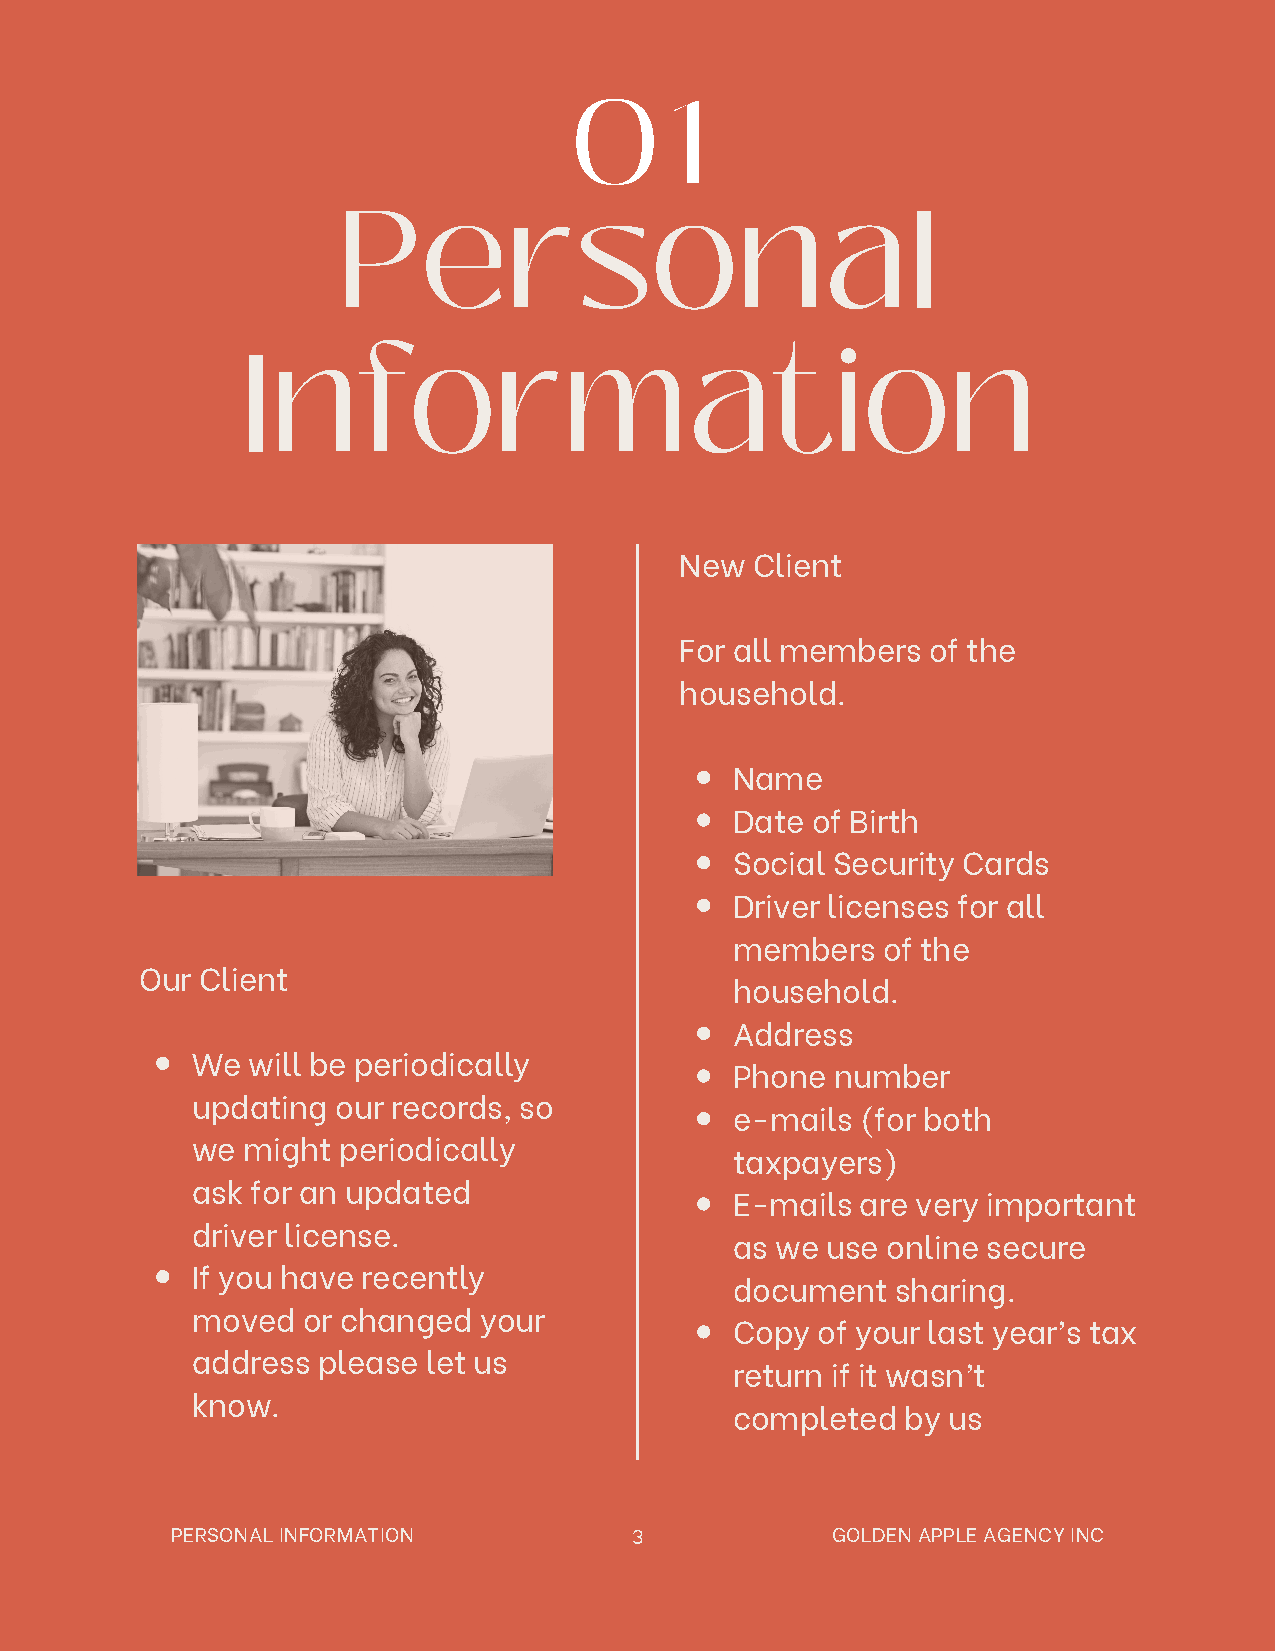
0     1
 Personal
 Information
 New  Client
 For all members of the
 household.
 Name
 Date of Birth
 Social Security Cards
 Driver licenses for all
 members  of the
 Our Client
 household.
 Address
 We will be periodically
 Phone number
 updating our records, so
 e-mails (for both
 we might periodically
 taxpayers)
 ask for an updated
 E-mails are very important
 driver license.
 as we use online secure
 If you have recently
 document  sharing.
 moved  or changed  your
 Copy of your last year’s tax
 address please let us
 return if it wasn’t
 know.
 completed  by us
 PERSONAL INFORMATION           3            GOLDEN APPLE AGENCY INC